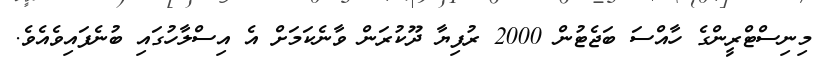
މިނިސްޓްރީންގެ ހާއްސަ ބަޖެޓުން 2000 ރުފިޔާ ދޫކުރަން ވާނެކަމަށް އެ އިސްލާހުގައި ބުނެފައިވެއެވެ.